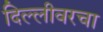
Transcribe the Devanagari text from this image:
दिल्लीवरचा